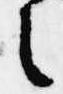
言